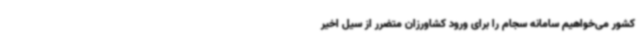
کشور می‌خواهیم سامانه سجام را برای ورود کشاورزان متضرر از سیل اخیر